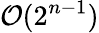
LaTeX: {\mathcal{O}}(2^{n-1})